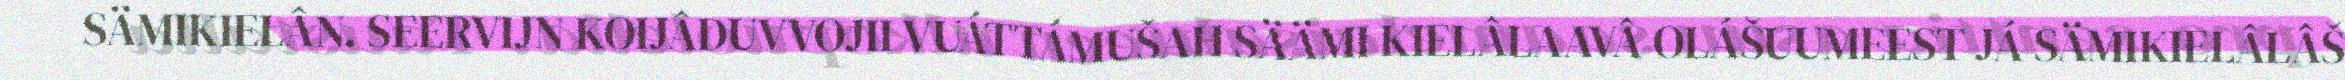
SÄMIKIELÂN. SEERVIJN KOIJÂDUVVOJII VUÁTTÁMUŠAH SÄÄMI KIELÂLAAVÂ OLÁŠUUMEEST JÁ SÄMIKIELÂLÂŠ